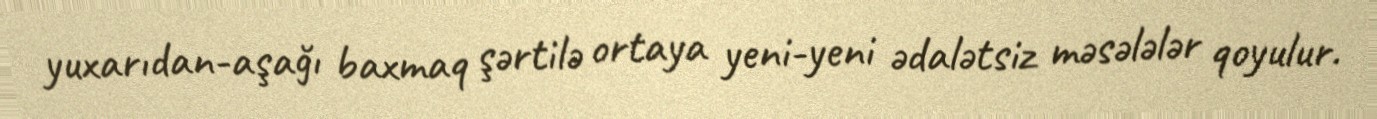
yuxarıdan-aşağı baxmaq şərtilə ortaya yeni-yeni ədalətsiz məsələlər qoyulur.